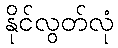
နိုင်လွတ်လုံ